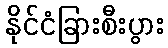
နိုင်ငံခြားစီးပွား